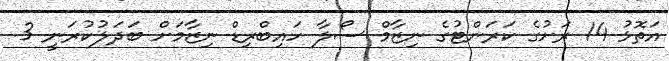
އަތޮޅު 14 ރަށުގެ ކަރަންޓުގެ ނިޒާމް ސޯލާ ހައިބްރިޑް ނިޒާމަށް ބަދަލުކުރަނީ 3